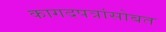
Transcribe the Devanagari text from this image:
कागदपत्रांसोबत